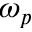
\omega _ { p }